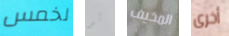
لخمس لو المخيف أخرى